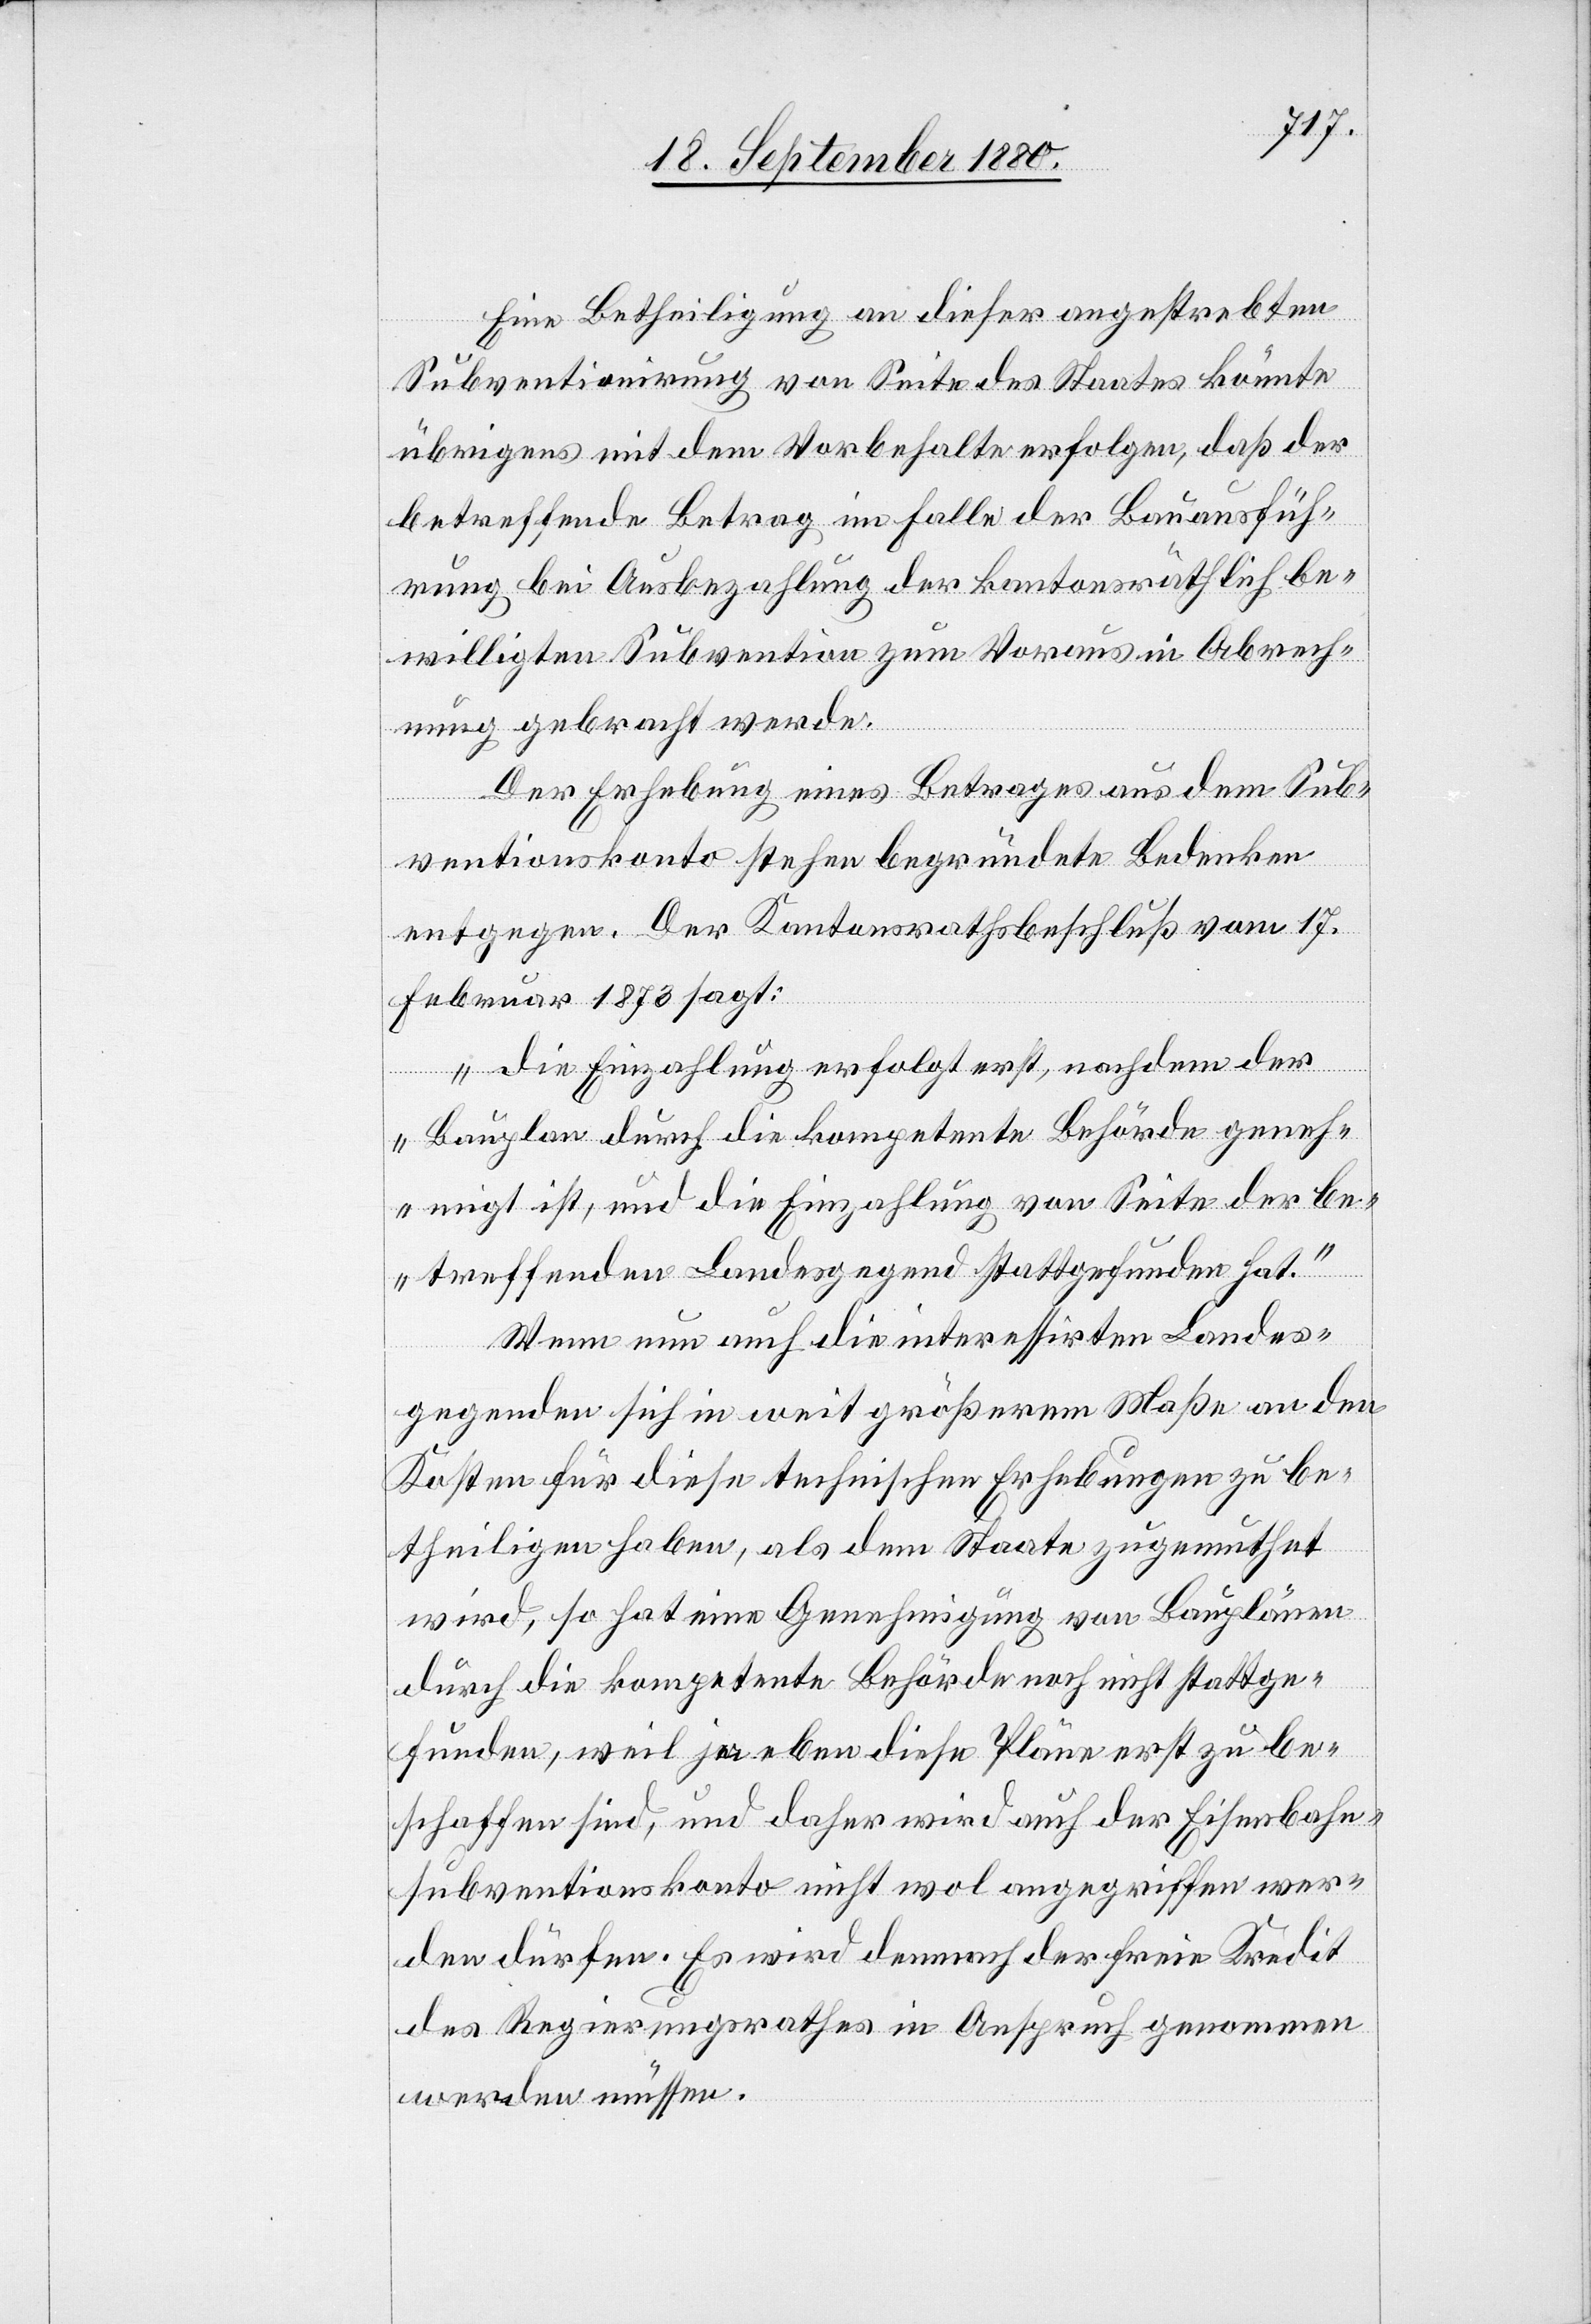
Eine Betheiligung an dieser angestrebten
Subventionierung von Seite des Staates könnte
übrigens mit dem Vorbehalte erfolgen, daß der
betreffende Betrag im Falle der Bauausfüh¬
rung bei Ausbezahlung der kantonsräthlich be¬
willigten Subvention zum Voraus in Abrech¬
nung gebracht werde.
Der Erhebung eines Betrages aus dem Sub¬
ventionskonto stehen begründete Bedenken
entgegen. Der Kantonsrathsbeschluß vom17.
Februar 1873 sagt:
„die Einzahlung erfolgt erst, nachdem der
Bauplan durch die kompetente Behörde geneh¬
migt ist, und die Einzahlung von Seite der be¬
treffenden Landesgegend stattgefunden hat.“
Wenn nun auch die interessirten Landes¬
gegenden sich in weit größerem Maße an den
Kosten für diese technischen Erhebungen zu be¬
theiligen haben, als dem Staate zugemuthet
wird, so hat eine Genehmigung von Bauplänen
durch die kompetente Behörde noch nicht stattge¬
funden, weil ja eben diese Pläne erst zu be¬
schaffen sind, und daher wird auch der Eisenbahn¬
subventionskonto nicht wol angegriffen wer¬
den dürfen. Es wird demnach der freie Kredit
des Regierungsrathes in Anspruch genommen
werden müssen.